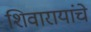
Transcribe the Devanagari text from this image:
शिवारायांचे